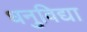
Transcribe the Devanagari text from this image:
धनुविद्या